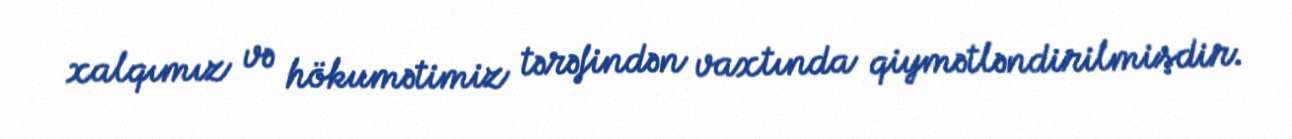
xalqımız və hökumətimiz tərəfindən vaxtında qiymətləndirilmişdir.